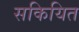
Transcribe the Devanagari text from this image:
सकियित